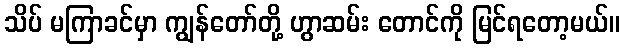
သိပ် မကြာခင်မှာ ကျွန်တော်တို့ ဟွာဆမ်း တောင်ကို မြင်ရတော့မယ်။